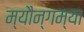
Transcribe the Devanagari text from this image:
म्यौन्गम्या